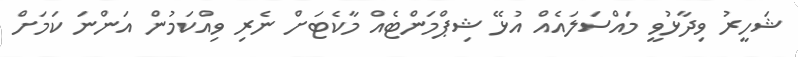
ޝަހީރު ވިދާޅުވީ މައްސަލައެއް އުޅޭ ޝިޕްމަންޓެއް މާކެޓަށް ނެރި ވިއްކަމުން އަންނަ ކަމަށް